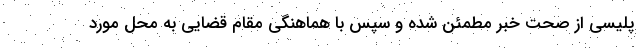
پلیسی از صحت خبر مطمئن شده و سپس با هماهنگی مقام قضایی به محل مورد